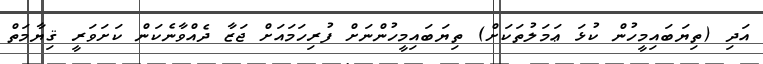
އަދި (ތިޔަބައިމީހުން ކުޅަ ޢަމަލުތަކަށް) ތިޔަބައިމީހުންނަށް ފުރިހަމައަށް ޖަޒާ ދެއްވާނެކަން ކަށަވަރީ ޤިޔާމަތް